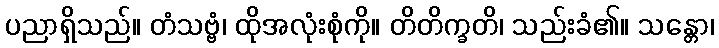
ပညာရှိသည်။ တံသဗ္ဗံ၊ ထိုအလုံးစုံကို။ တိတိက္ခတိ၊ သည်းခံ၏။ သန္တော၊